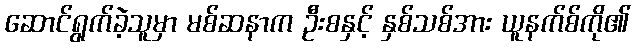
ဆောင်ရွက်ခဲ့သူမှာ မစ်ဆနာက ဦးစနှင့် နှစ်သစ်အား ယူနက်စ်ကို၏